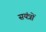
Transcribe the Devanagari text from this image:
सयंत्रों